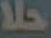
حلا